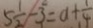
5 \frac { 1 } { 2 } - 3 = a + \frac { 1 } { 4 }